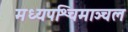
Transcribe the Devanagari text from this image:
मध्यपश्चिमाञ्चल